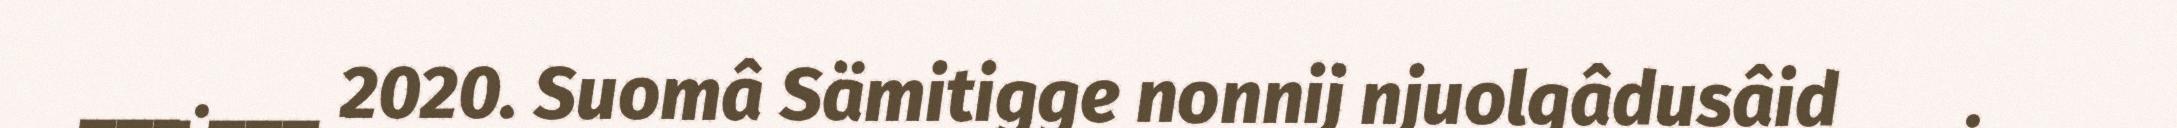
___.___ 2020. Suomâ Sämitigge nonnij njuolgâdusâid ___.___